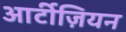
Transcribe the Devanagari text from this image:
आर्टीज़ियन